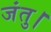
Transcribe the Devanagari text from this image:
जंतु।